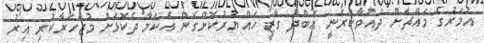
އުމަރުގެ މައްޗަށް ދައުވާކުރަނީ އަބްދު ގާޒީ ހައްޔަރުކޮށްގެން އެކަމާ ދެކޮޅަށް މުޒާހަރާކުރި އިރު